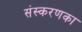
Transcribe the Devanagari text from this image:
संस्‍करणका